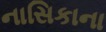
નાસિકાના